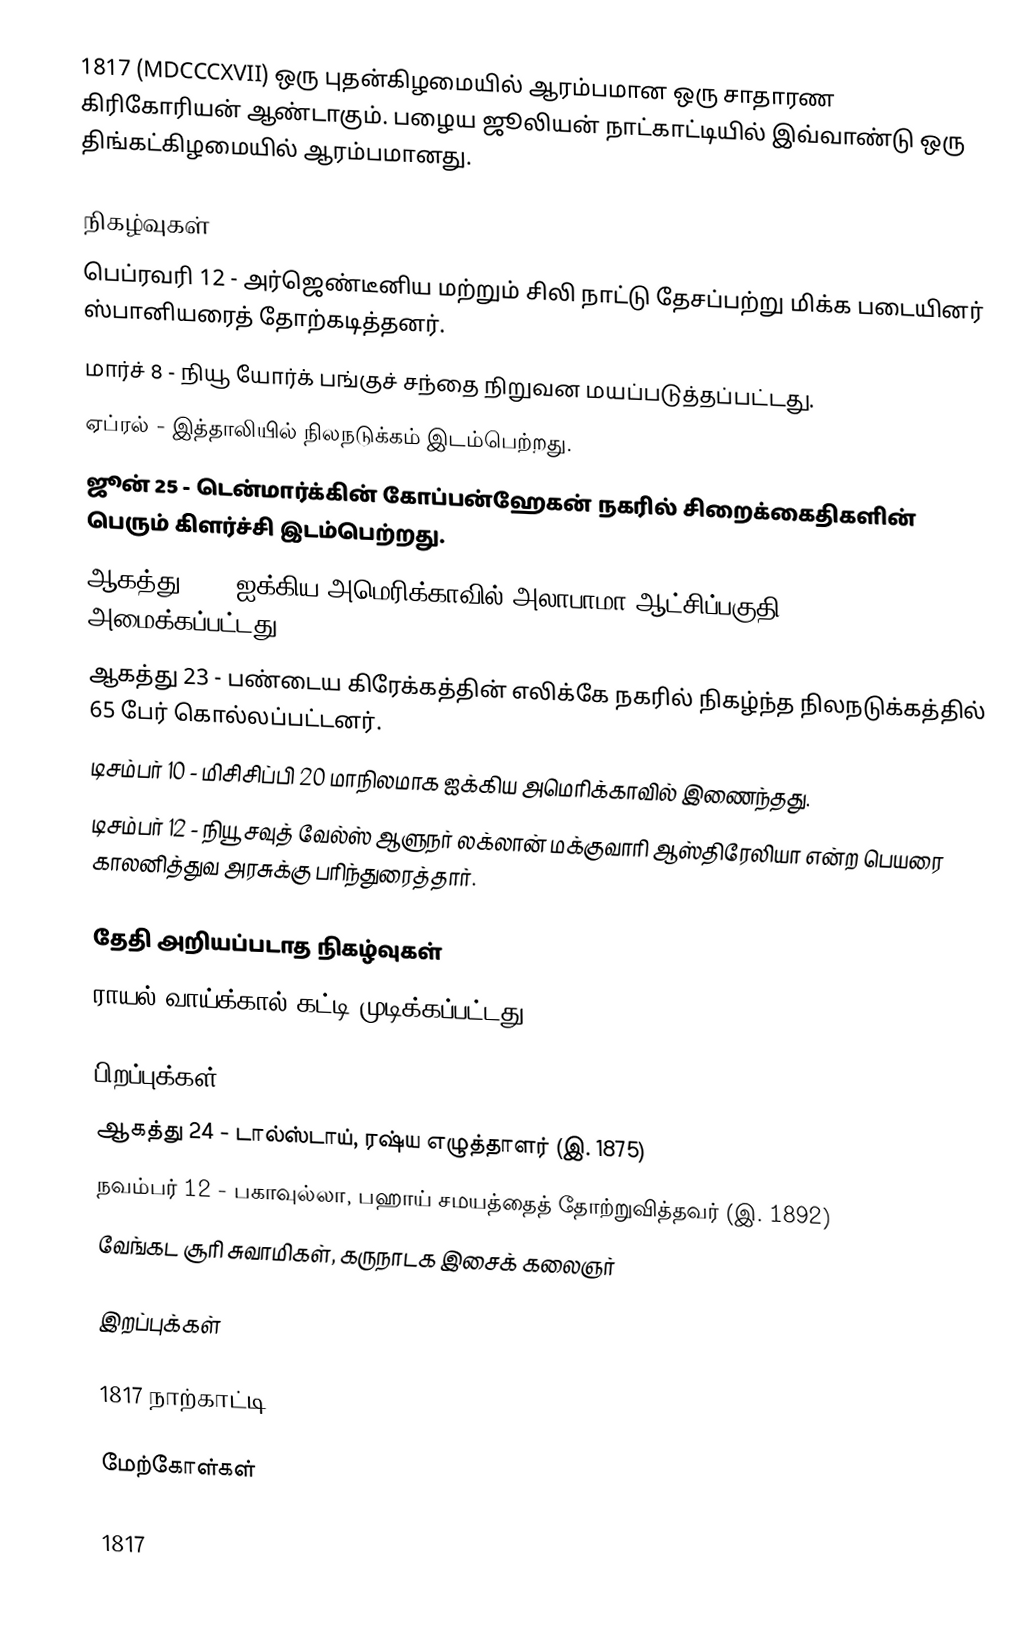
1817  (MDCCCXVII) ஒரு புதன்கிழமையில் ஆரம்பமான ஒரு சாதாரண கிரிகோரியன் ஆண்டாகும். பழைய ஜூலியன் நாட்காட்டியில் இவ்வாண்டு ஒரு திங்கட்கிழமையில் ஆரம்பமானது.

நிகழ்வுகள்
 பெப்ரவரி 12 - அர்ஜெண்டீனிய மற்றும் சிலி நாட்டு தேசப்பற்று மிக்க படையினர் ஸ்பானியரைத் தோற்கடித்தனர்.
 மார்ச் 8 - நியூ யோர்க் பங்குச் சந்தை நிறுவன மயப்படுத்தப்பட்டது.
 ஏப்ரல் - இத்தாலியில் நிலநடுக்கம் இடம்பெற்றது.
 ஜூன் 25 - டென்மார்க்கின் கோப்பன்ஹேகன் நகரில் சிறைக்கைதிகளின் பெரும் கிளர்ச்சி இடம்பெற்றது.
 ஆகத்து 15 - ஐக்கிய அமெரிக்காவில் அலாபாமா ஆட்சிப்பகுதி அமைக்கப்பட்டது.
 ஆகத்து 23 - பண்டைய கிரேக்கத்தின் எலிக்கே நகரில் நிகழ்ந்த நிலநடுக்கத்தில் 65 பேர் கொல்லப்பட்டனர்.
 டிசம்பர் 10 - மிசிசிப்பி 20 மாநிலமாக ஐக்கிய அமெரிக்காவில் இணைந்தது.
 டிசம்பர் 12 - நியூ சவுத் வேல்ஸ் ஆளுநர் லக்லான் மக்குவாரி ஆஸ்திரேலியா என்ற பெயரை காலனித்துவ அரசுக்கு பரிந்துரைத்தார்.

தேதி அறியப்படாத நிகழ்வுகள்
 ராயல் வாய்க்கால் கட்டி முடிக்கப்பட்டது.

பிறப்புக்கள்
 ஆகத்து 24 - டால்ஸ்டாய், ரஷ்ய எழுத்தாளர் (இ. 1875)
 நவம்பர் 12 - பகாவுல்லா, பஹாய் சமயத்தைத் தோற்றுவித்தவர் (இ. 1892)
 வேங்கட சூரி சுவாமிகள், கருநாடக இசைக் கலைஞர்

இறப்புக்கள்

1817 நாற்காட்டி

மேற்கோள்கள்

1817